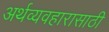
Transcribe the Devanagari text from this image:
अर्थव्यवहारासाठी